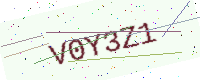
Text: V0Y3Z1